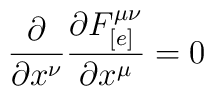
\frac{\partial}{\partial x^{\nu}}\frac{\partial F_{[e]}^{\mu\nu}}{\partial x^{\mu}} = 0